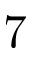
7